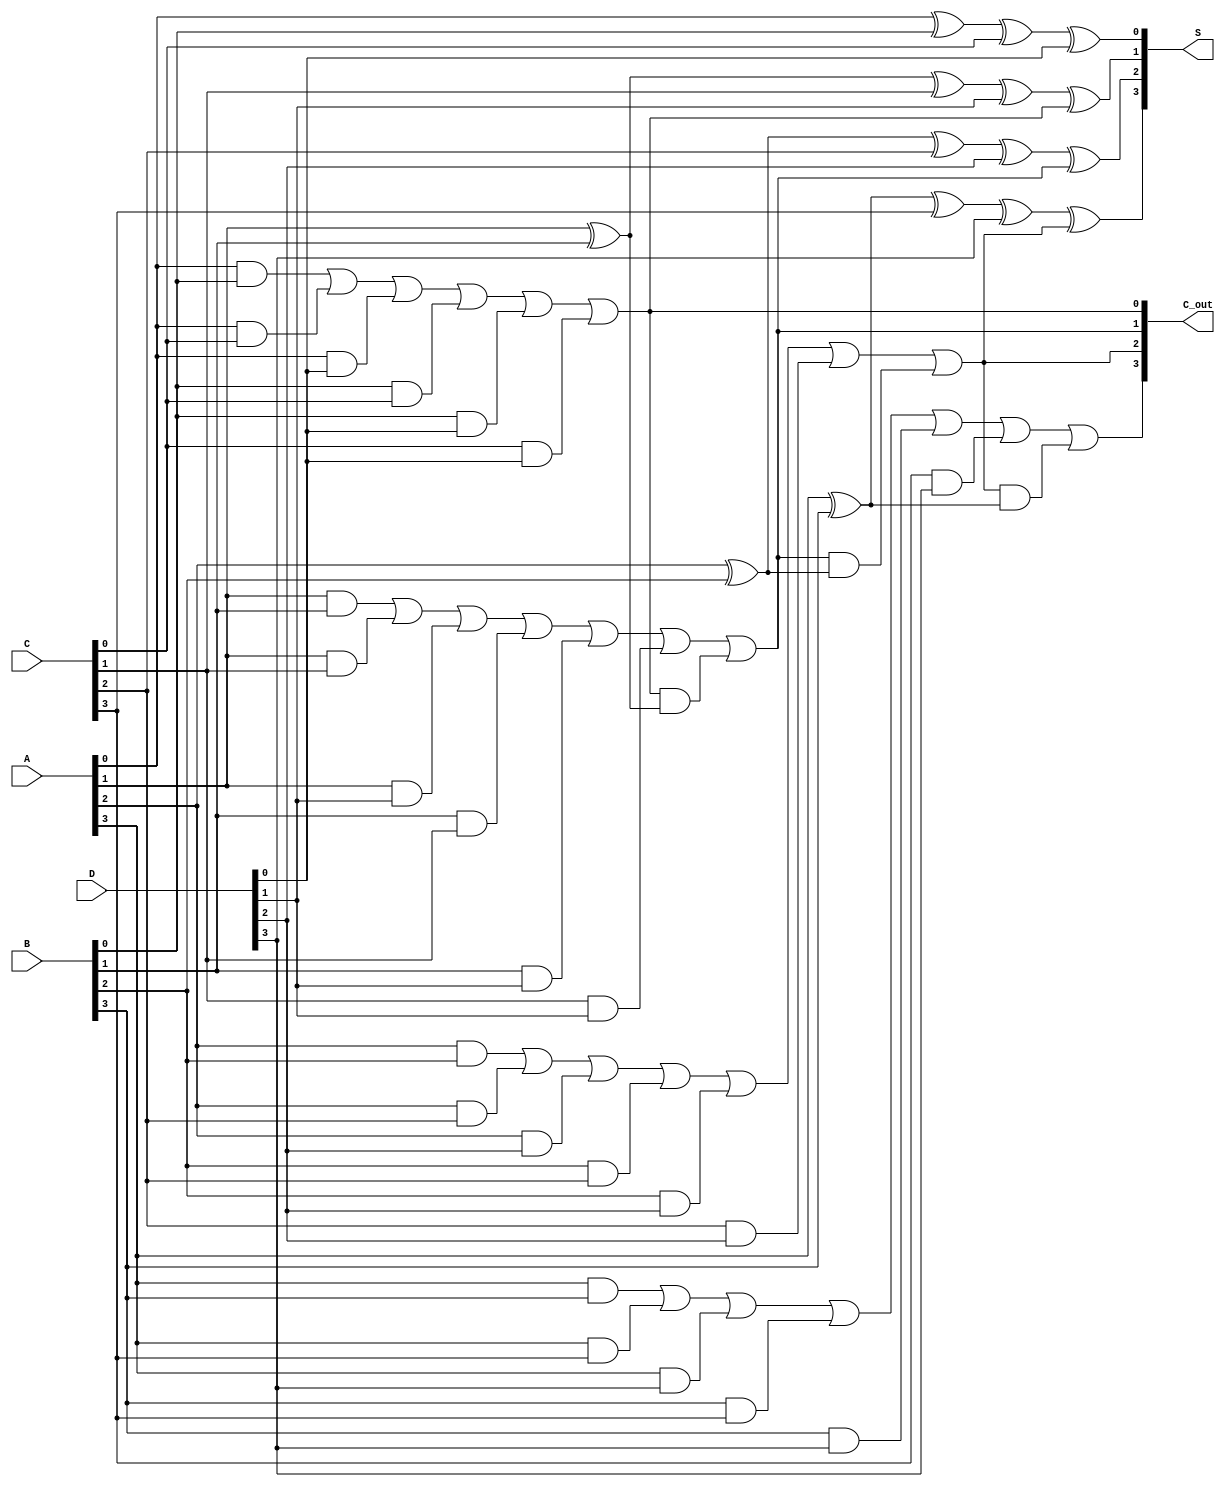
module array_csa (
    input [3:0] A,  // 4-bit input A
    input [3:0] B,  // 4-bit input B
    input [3:0] C,  // 4-bit input C
    input [3:0] D,  // 4-bit input D
    output [3:0] S, // 4-bit sum output
    output [3:0] C_out // 4-bit carry output
);

// Intermediate signals for carry and sum
wire [3:0] sum0, sum1, carry0, carry1;

// First stage of addition using full adders
// Full adder for bit 0
assign sum0[0] = A[0] ^ B[0] ^ C[0] ^ D[0];
assign carry0[0] = (A[0] & B[0]) | (A[0] & C[0]) | (A[0] & D[0]) | (B[0] & C[0]) | (B[0] & D[0]) | (C[0] & D[0]);

// Full adder for bit 1
assign sum0[1] = A[1] ^ B[1] ^ C[1] ^ D[1] ^ carry0[0];
assign carry0[1] = (A[1] & B[1]) | (A[1] & C[1]) | (A[1] & D[1]) | (B[1] & C[1]) | (B[1] & D[1]) | (C[1] & D[1]) | (carry0[0] & (A[1] ^ B[1]));

// Full adder for bit 2
assign sum0[2] = A[2] ^ B[2] ^ C[2] ^ D[2] ^ carry0[1];
assign carry0[2] = (A[2] & B[2]) | (A[2] & C[2]) | (A[2] & D[2]) | (B[2] & C[2]) | (B[2] & D[2]) | (C[2] & D[2]) | (carry0[1] & (A[2] ^ B[2]));

// Full adder for bit 3
assign sum0[3] = A[3] ^ B[3] ^ C[3] ^ D[3] ^ carry0[2];
assign carry0[3] = (A[3] & B[3]) | (A[3] & C[3]) | (A[3] & D[3]) | (B[3] & C[3]) | (B[3] & D[3]) | (C[3] & D[3]) | (carry0[2] & (A[3] ^ B[3]));

// Second stage of addition (final sum and carry)
assign S = sum0;              // The sum output is the result from the first stage
assign C_out = carry0;        // The carry output is the carry from the first stage

endmodule